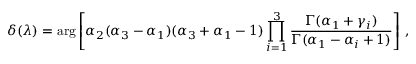
\delta ( \lambda ) = \arg \left[ \alpha _ { 2 } ( \alpha _ { 3 } - \alpha _ { 1 } ) ( \alpha _ { 3 } + \alpha _ { 1 } - 1 ) \prod _ { i = 1 } ^ { 3 } \frac { \Gamma ( \alpha _ { 1 } + \gamma _ { i } ) } { \Gamma ( \alpha _ { 1 } - \alpha _ { i } + 1 ) } \right] \, ,